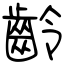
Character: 齡